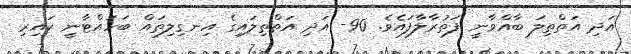
އަދި އަތްތިލަ ބާއްވާނީ ފަތުރާލާފައެވެ. 90- އަދި އަތްތިލައިގެ އިނގިލިތައް ބަހައްޓާނީ ކައިރި